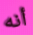
أنه